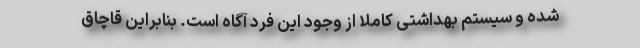
شده و سیستم بهداشتی کاملا از وجود این فرد آگاه است. بنابراین قاچاق